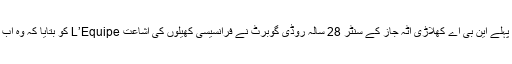
کوٹہ 19 کے مثبت ٹیسٹ کرنے والے پہلے این بی اے کھلاڑی اٹہ جاز کے سنٹر 28 سالہ روڈی گوبرٹ نے فرانسیسی کھیلوں کی اشاعت L’Equipe کو بتایا کہ وہ اب بھی وائرس سے ٹھیک نہیں ہوئے ہیں۔